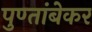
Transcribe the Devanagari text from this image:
पुण्तांबेकर